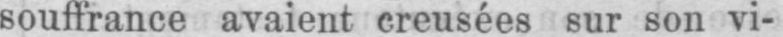
souffrance avaient creusées sur son vi-